Report on certain features of malaria in the island of Salsette
Disease focus: Malaria
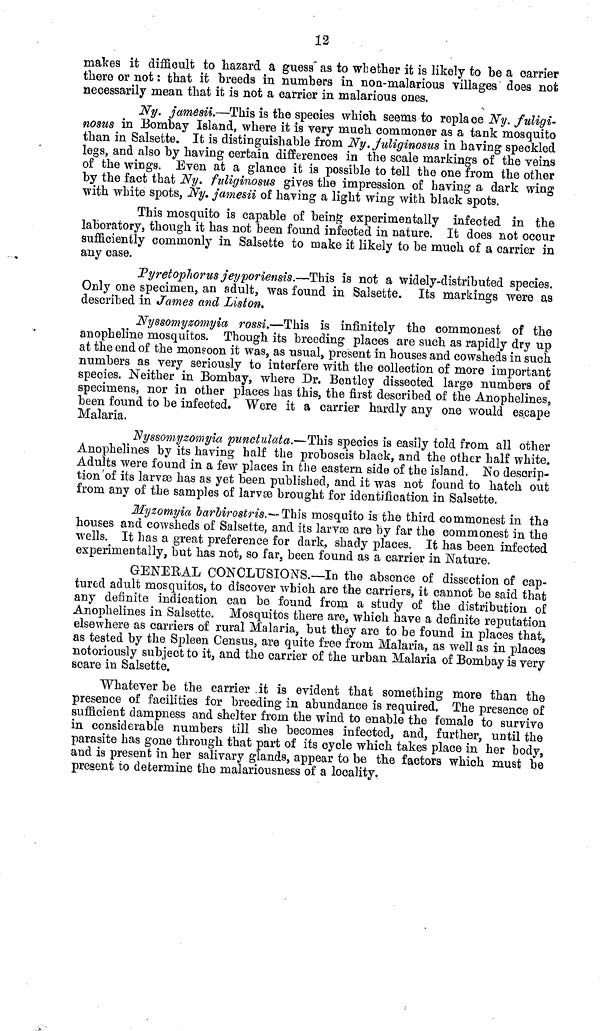
12
makes it difficult to hazard a guess as to whether it is likely to be a carrier
there or not : that it breeds in numbers in non-malarious villages does not
necessarily mean that it is not a carrier in malarious ones.
Ny. jamesii—This is the species which seems to replace Ny. fuligi-
nosus in Bombay Island, where it is very much commoner as a tank mosquito
than in Salsette. It is distinguishable from Ny. fuliginosus in having speckled
legs, and also by having certain differences in the scale markings of the veins
of the wings. Even at a glance it is possible to tell the one from the other
by the fact that Ny. fuliginosus gives the impression of having a dark wing
with white spots, Ny. jamesii of having a light wing with black spots.
This mosquito is capable of being experimentally infected in the
laboratory, though it has not been found infected in nature. It does not occur
sufficiently commonly in Salsette to make it likely to be much of a carrier in
any case.
Pyretophorus jeyporiensis.—This is not a widely-distributed species.
Only one specimen, an adult, was found in Salsette. Its markings were as
described in James and Liston.
Nyssomyzomyia rossi.—This is infinitely the commonest of the
anopheline mosquitos. Though its breeding places are such as rapidly dry up
at the end of the monsoon it was, as usual, present in houses and cowsheds in such
numbers as very seriously to interfere with the collection of more important
species. Neither in Bombay, where Dr. Bentley dissected large numbers of
specimens, nor in other places has this, the first described of the Anophelines.,
been found to be infected. Were it a carrier hardly any one would escape
Malaria.
Nyssomyzomyia punctulata.—This species is easily told from all other
Anophelines by its having half the proboscis black, and the other half white.
Adults were found in a few places in the eastern side of the island. No descrip-
tion of its larvse has as yet been published, and it was not found to hatch out
from any of the samples of larvae brought for identification in Salsette.
Myzomyia barbirostris.— This mosquito is the third commonest in the
houses and cowsheds of Salsette, and its larvse are by far the commonest in the
wells. It has a great preference for dark, shady places. It has been infected
experimentally, but has not, so far, been found as a carrier in Nature.
GENERAL CONCLUSIONS.—In the absence of dissection of cap-
tured adult mosquitos, to discover which are the carriers, it cannot be said that
any definite indication can be found from a study of the distribution of
Anophelines in Salsette. Mosquitos there are, which have a definite reputation
elsewhere as carriers of rural Malaria, but they are to be found in places that,
as tested by the Spleen Census, are quite free from Malaria, as well as in places
notoriously subject to it, and the carrier of the urban Malaria of Bombay is very
scare in Salsette.
Whatever be the carrier it is evident that something more than the
presence of facilities for breeding in abundance is required. The presence of
sufíicient dampness and shelter from the wind to enable the female to survive
in considerable numbers till she becomes infected, and, further, until the
parasite has gone through that part of its cycle which takes place in her body 9
and is present in her salivary glands, appear to be the factors which must be
present to determine the malariousness of a locality.